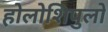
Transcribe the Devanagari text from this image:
होलोशिपुलो